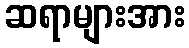
ဆရာများအား